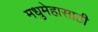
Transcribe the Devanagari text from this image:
मधुमेहासाठी